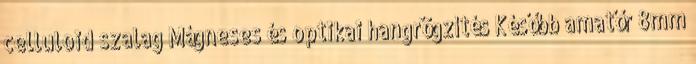
celluloid szalag Mágneses és optikai hangrögzítés Később amatőr 8mm